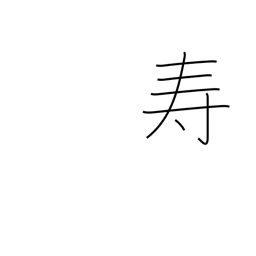
Meaning: longevity